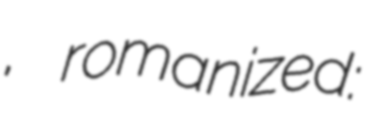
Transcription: завод, romanized: